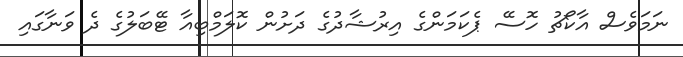
ނަމަވެސް އާކޯޗު ހޮސޭ ޕެކަމަންގެ އިރުޝާދުގެ ދަށުން ކޮލަމްބިއާ ޓޭބަލުގެ ދެ ވަނާގައި